Lunatic asylums Bombay report 1891-1903 - 1891-1903
Year: 1891
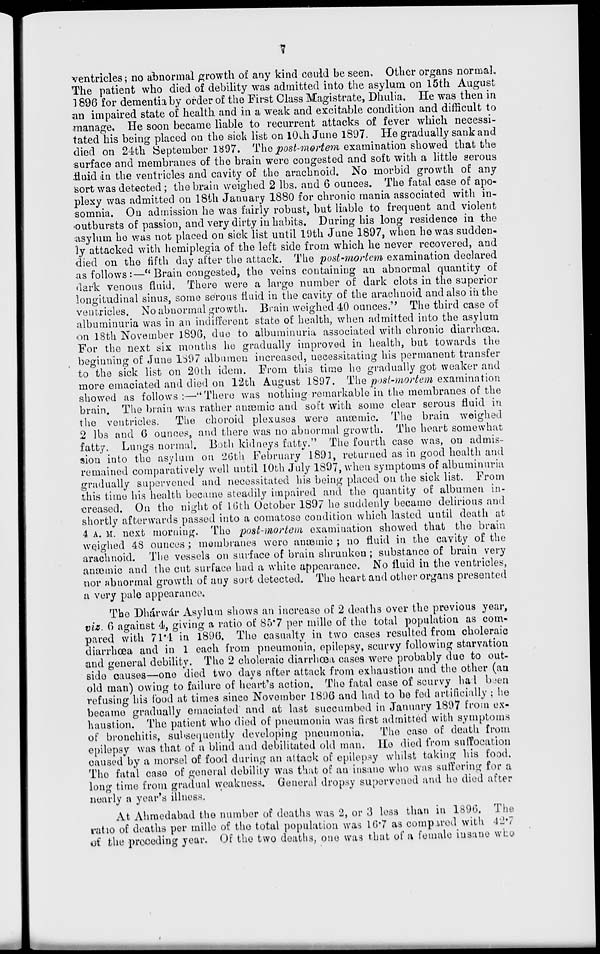
7
ventricles ; no abnormal growth of any kind could be seen. Other organs normal.
The patient who died of debility was admitted into the asylum on 15th August
1896 for dementia by order of the First Class Magistrate, Dhulia. He was then in
an impaired state of health and in a weak and excitable condition and difficult to
manage. He soon became liable to recurrent attacks of fever which necessi-
tated his being placed on the sick list on 10th June 1897. He gradually sank and
died on 24th September 1897. The post-mortem examination showed that the
surface and membranes of the brain were congested and soft with a little serous
fluid in the ventricles and cavity of the arachnoid. No morbid growth of any
sort was detected; the brain weighed 2 lbs. and 6 ounces. The fatal case of apo-
plexy was admitted on 18th January 1880 for chronic mania associated with in-
somnia. On admission he was fairly robust, but liable to frequent and violent
outbursts of passion, and very dirty in habits. During his long residence in the
asylum he was not placed on sick list until 19th June 1897, when he was sudden-
ly attacked with hemiplegia of the left side from which he never recovered, and
died on the fifth day after the attack. The post-mortem examination declared
as follows:—" Brain congested, the veins containing an abnormal quantity of
dark venous fluid. There were a large number of dark clots in the superior
longitudinal sinus, some serous fluid in the cavity of the arachnoid and also in the
ventricles. No abnormal growth. Brain weighed 40 ounces." The third case of
albuminuria was in an indifferent state of health, when admitted into the asylum
on 18th November 1896, due to albuminuria associated with chronic diarrhœa.
For the next six months he gradually improved in health, but towards the
beginning of June 1897 albumen increased, necessitating his permanent transfer
to the sick list on 20th idem. From this time he gradually got weaker and
more emaciated and died on 12th August 1897. The post-mortem examination
showed as follows:—"There was nothing remarkable in the membranes of the
brain. The brain was rather anæmic and soft with some clear serous fluid in
the ventricles.
The choroid plexuses were anæmic. The brain weighed
2 lbs and 6 ounces, and there was no abnormal growth. The heart somewhat
fatty. Lungs normal. Both kidneys fatty." The fourth case was, on admis-
sion into the asylum on 26th February 1891, returned as in good health and
remained comparatively well until 10th July 1897, when symptoms of albuminuria
gradually supervened and necessitated his being placed on the sick list. From
this time his health became steadily impaired and the quantity of albumen in-
creased. On the night of 16th October 1897 he suddenly became delirious and
shortly afterwards passed into a comatose condition which lasted until death at
4 A. M. next morning. The post-mortem examination showed that the brain
weighed 48 ounces; membranes were anæmic ; no fluid in the cavity of the
arachnoid. The vessels on surface of brain shrunken ; substance of brain very
anæmic and the cut surface had a white appearance. No fluid in the ventricles,
nor abnormal growth of any sort detected. The heart and other organs presented
a very pale appearance.
The Dhárwár Asylum shows an increase of 2 deaths over the previous year,
viz. 6 against 4, giving a ratio of 85.7 per mille of the total population as com-
pared with 71.4 in 1896. The casualty in two cases resulted from choleraic
diarrhœa and in 1 each from pneumonia, epilepsy, scurvy following starvation
and general debility. The 2 choleraic diarrhœa cases were probably due to out-
side causes—one died two days after attack from exhaustion and the other (an
old man) owing to failure of heart's action. The fatal case of scurvy had been
refusing his food at times since November 1896 and had to be fed artificially ; he
became gradually emaciated and at last succumbed in January 1897 from ex-
haustion. The patient who died of pneumonia was first admitted with symptoms
of bronchitis, subsequently developing pneumonia.
The case of death from
epilepsy was that of a blind and debilitated old man. He died from suffocation
caused by a morsel of food during an attack of epilepsy whilst taking his food.
The fatal case of general debility was that of an insane who was suffering for a
long time from gradual weakness. General dropsy supervened and he died after
nearly a year's illness.
At Ahmedabad the number of deaths was 2, or 3 less than in 1896. The
ratio of deaths per mille of the total population was 16.7 as compared with 42.7
of the preceding year. Of the two deaths, one was that of a female insane who